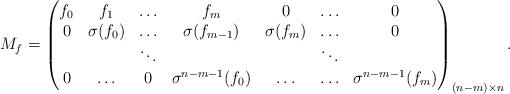
LaTeX: \begin{align*}M_f = \begin{pmatrix} f_0 & f_1 & \ldots & f_m & 0 & \ldots & 0 \\0 & \sigma(f_0) & \ldots & \sigma(f_{m-1}) & \sigma(f_{m}) & \ldots & 0\\& & \ddots & & & \ddots & \\0 & \ldots & 0 & \sigma^{n-m-1}(f_0)& \ldots & \ldots &\sigma^{n-m-1}(f_m)\end{pmatrix}_{(n-m)\times n}.\end{align*}